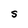
Character: S